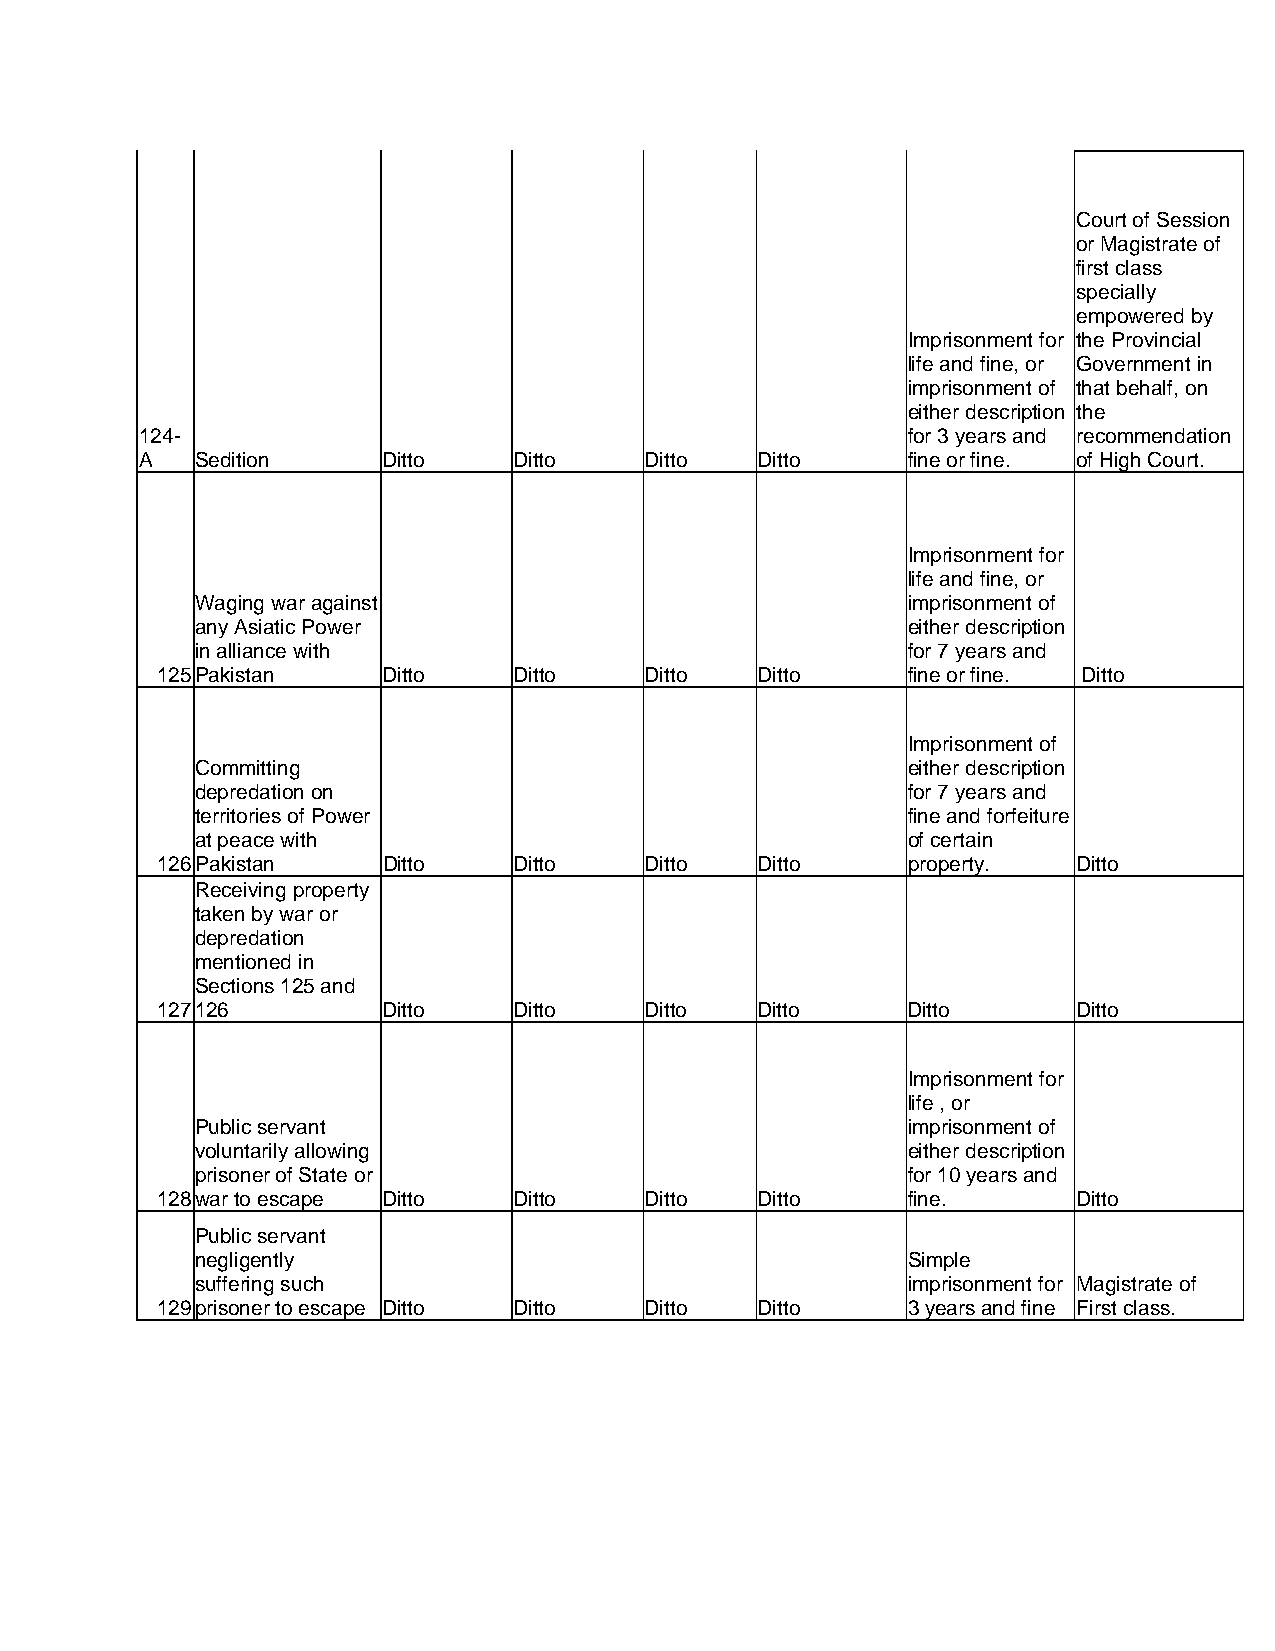
Court of Session
 or Magistrate of
 first class
 specially
 empowered by
 Imprisonment for the Provincial
 life and fine, or Government in
 imprisonment of that behalf, on
 either description the
 124-                                               for 3 years and recommendation
 A   Sedition    Ditto    Ditto    Ditto  Ditto     fine or fine. of High Court.
 Imprisonment for
 life and fine, or
 Waging war against                             imprisonment of
 any Asiatic Power                              either description
 in alliance with                               for 7 years and
 125 Pakistan   Ditto    Ditto    Ditto  Ditto     fine or fine. Ditto
 Imprisonment of
 Committing                                     either description
 depredation on                                 for 7 years and
 territories of Power                           fine and forfeiture
 at peace with                                  of certain
 126 Pakistan   Ditto    Ditto    Ditto  Ditto     property.  Ditto
 Receiving property
 taken by war or
 depredation
 mentioned in
 Sections 125 and
 127 126        Ditto    Ditto    Ditto  Ditto     Ditto      Ditto
 Imprisonment for
 life , or
 Public servant                                 imprisonment of
 voluntarily allowing                           either description
 prisoner of State or                           for 10 years and
 128 war to escape Ditto Ditto    Ditto  Ditto     fine.      Ditto
 Public servant
 negligently                                    Simple
 suffering such                                 imprisonment for Magistrate of
 129 prisoner to escape Ditto Ditto Ditto Ditto    3 years and fine First class.